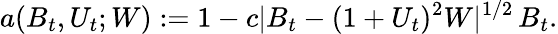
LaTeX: a(B_{t},U_{t};W):=1-c\lvert B_{t}-(1+U_{t})^{2}W\rvert^{1/2}\, B_{t}.